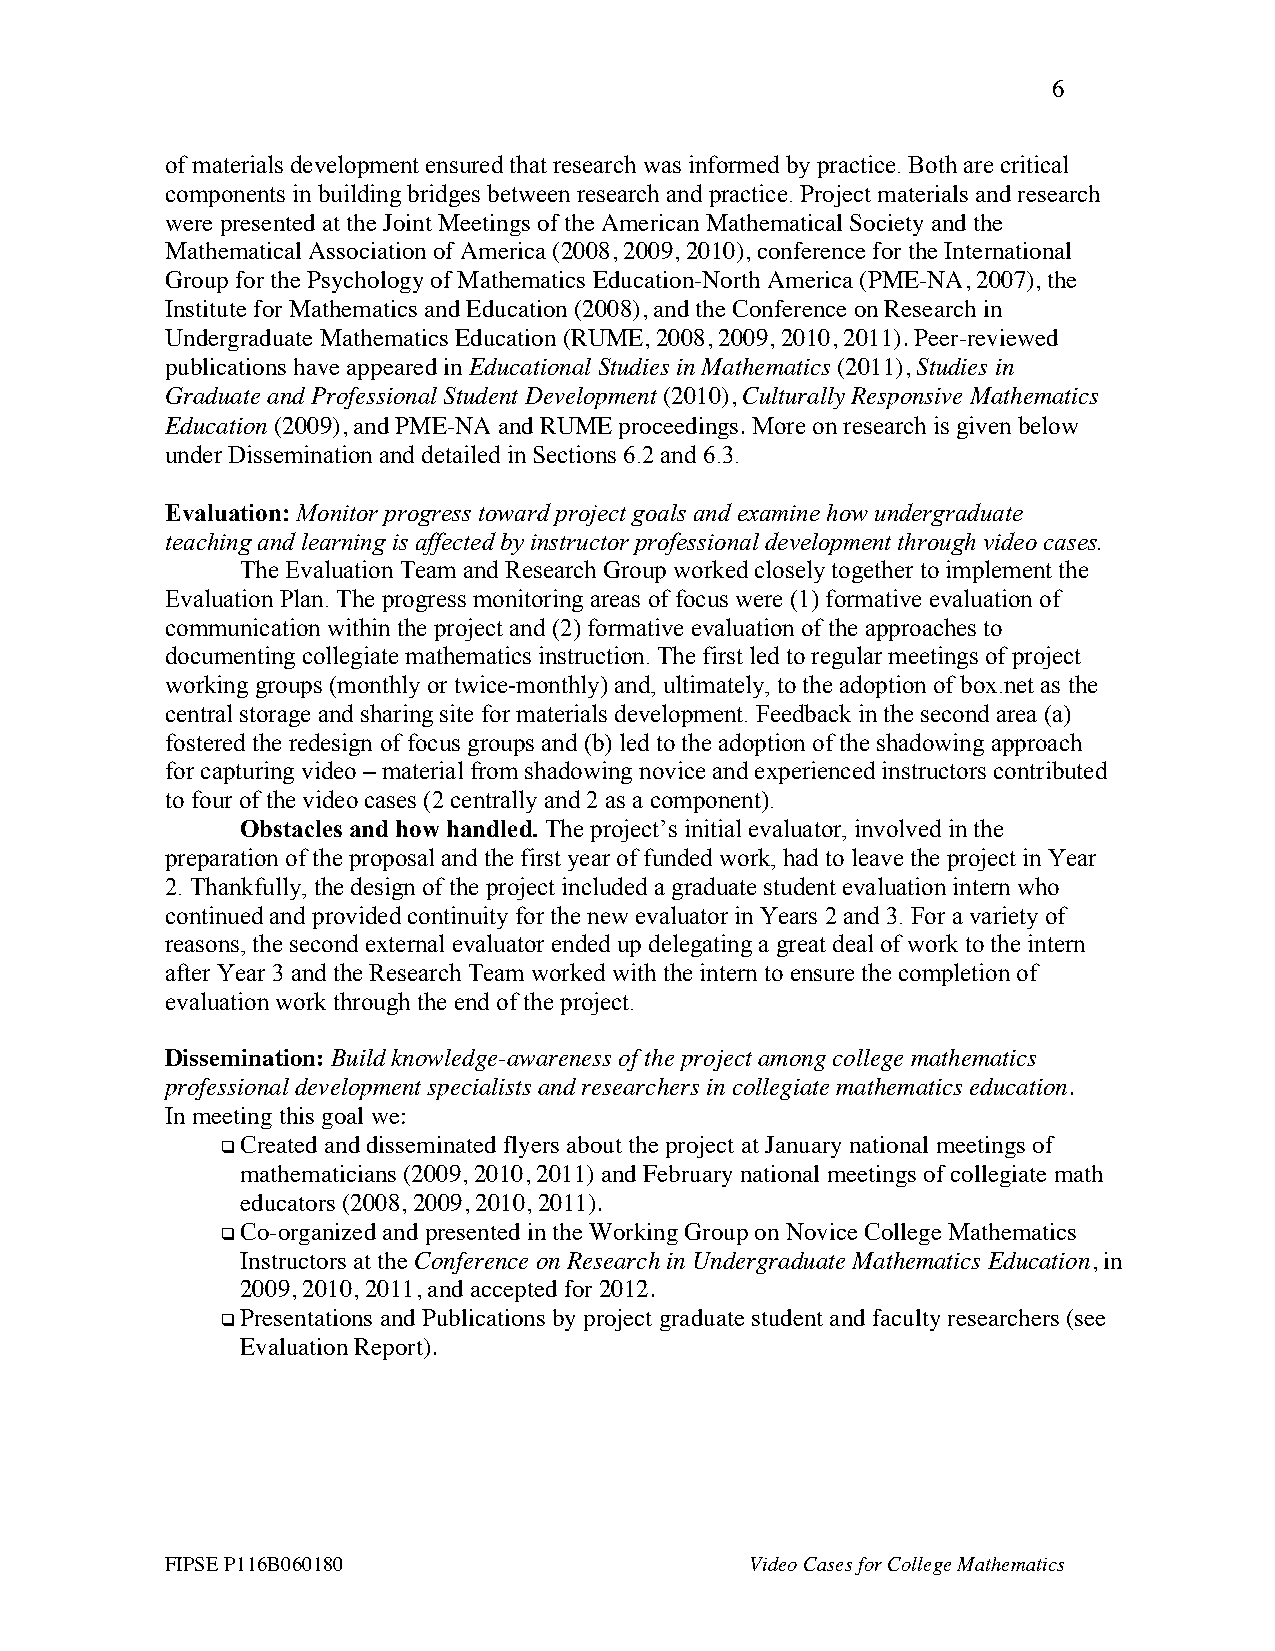
6
 of materials development ensured that research was informed by practice. Both are critical
 components in building bridges between research and practice. Project materials and research
 were presented at the Joint Meetings of the American Mathematical Society and the
 Mathematical Association of America (2008, 2009, 2010), conference for the International
 Group for the Psychology of Mathematics Education-North America (PME-NA, 2007), the
 Institute for Mathematics and Education (2008), and the Conference on Research in
 Undergraduate Mathematics Education (RUME, 2008, 2009, 2010, 2011). Peer-reviewed
 publications have appeared in Educational Studies in Mathematics (2011), Studies in
 Graduate and Professional Student Development (2010), Culturally Responsive Mathematics
 Education (2009), and PME-NA and RUME proceedings. More on research is given below
 under Dissemination and detailed in Sections 6.2 and 6.3.
 Evaluation: Monitor progress toward project goals and examine how undergraduate
 teaching and learning is affected by instructor professional development through video cases.
 The Evaluation Team and Research Group worked closely together to implement the
 Evaluation Plan. The progress monitoring areas of focus were (1) formative evaluation of
 communication within the project and (2) formative evaluation of the approaches to
 documenting collegiate mathematics instruction. The first led to regular meetings of project
 working groups (monthly or twice-monthly) and, ultimately, to the adoption of box.net as the
 central storage and sharing site for materials development. Feedback in the second area (a)
 fostered the redesign of focus groups and (b) led to the adoption of the shadowing approach
 for capturing video – material from shadowing novice and experienced instructors contributed
 to four of the video cases (2 centrally and 2 as a component).
 Obstacles and how handled. The project’s initial evaluator, involved in the
 preparation of the proposal and the first year of funded work, had to leave the project in Year
 2. Thankfully, the design of the project included a graduate student evaluation intern who
 continued and provided continuity for the new evaluator in Years 2 and 3. For a variety of
 reasons, the second external evaluator ended up delegating a great deal of work to the intern
 after Year 3 and the Research Team worked with the intern to ensure the completion of
 evaluation work through the end of the project.
 Dissemination: Build knowledge-awareness of the project among college mathematics
 professional development specialists and researchers in collegiate mathematics education.
 In meeting this goal we:
  Created and disseminated flyers about the project at January national meetings of
 mathematicians (2009, 2010, 2011) and February national meetings of collegiate math
 educators (2008, 2009, 2010, 2011).
  Co-organized and presented in the Working Group on Novice College Mathematics
 Instructors at the Conference on Research in Undergraduate Mathematics Education, in
 2009, 2010, 2011, and accepted for 2012.
  Presentations and Publications by project graduate student and faculty researchers (see
 Evaluation Report).
 FIPSE P116B060180                      Video Cases for College Mathematics